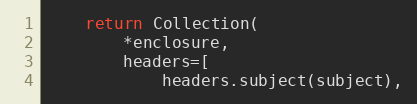
Language: Python
    return Collection(
        *enclosure,
        headers=[
            headers.subject(subject),